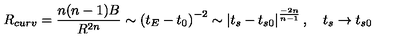
R _ { c u r v } = \frac { n ( n - 1 ) B } { R ^ { 2 n } } \sim \left( t _ { E } - t _ { 0 } \right) ^ { - 2 } \sim \left| t _ { s } - t _ { s 0 } \right| ^ { \frac { - 2 n } { n - 1 } } , \quad t _ { s } \rightarrow t _ { s 0 }